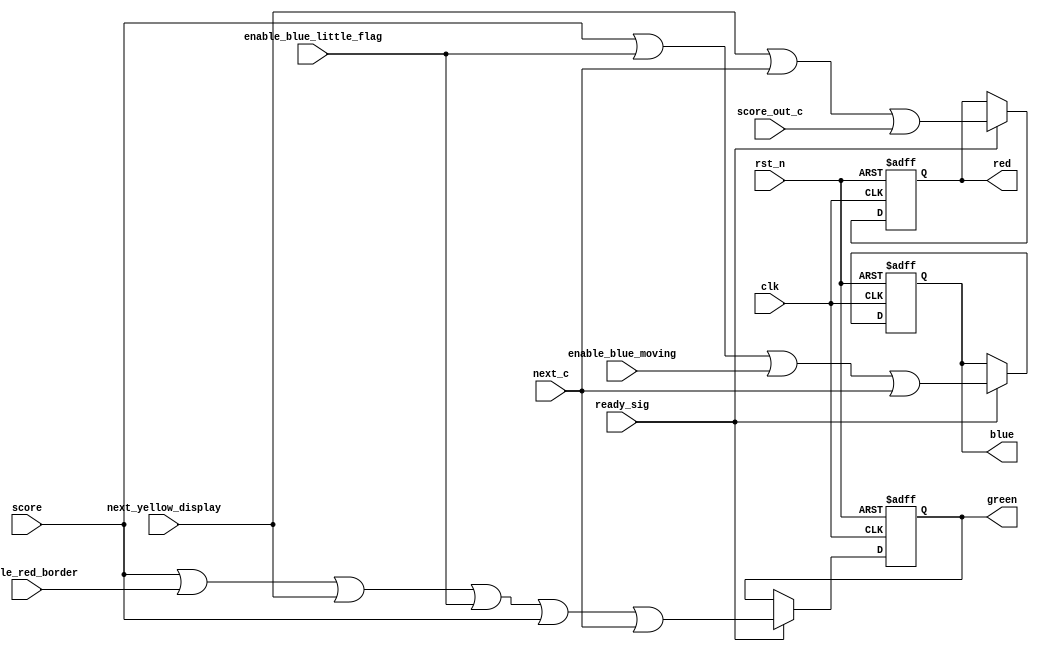
`timescale 1ns / 1ps
module game_display
(clk, rst_n, ready_sig, enable_red_border, enable_blue_moving, enable_blue_little_flag, 
	next_yellow_display, red, green, blue,next_c,score_out_c,score
);
input clk;
input rst_n;
input ready_sig;
input enable_red_border;
input enable_blue_moving;
input enable_blue_little_flag;
input next_yellow_display;
input next_c;
input score_out_c;
input score;
output red;
output green;
output blue;
 
 

				
reg isred;
reg isgreen;
reg isblue;

always @ ( posedge clk or negedge rst_n )
	begin 
		if( !rst_n )
		begin 
			isred <= 1'b0;
			isgreen <= 1'b0;
			isblue <= 1'b0;
		end
	else if( ready_sig )
		begin
			isgreen <= score|enable_red_border | next_yellow_display|enable_blue_little_flag| score|next_c;			
			isred <= next_yellow_display|next_c|score_out_c;//next
			isblue <= score|enable_blue_little_flag|enable_blue_moving|next_c;
		end
	end
          
 /**************************************************/
 
 assign red = isred;
 assign green = isgreen;
 assign blue = isblue;
 
 /**************************************************/
 
 endmodule